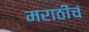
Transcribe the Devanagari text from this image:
मराठीचं